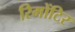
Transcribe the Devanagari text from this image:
रिमोंटिर